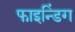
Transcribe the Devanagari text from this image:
फाइन्डिंग